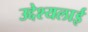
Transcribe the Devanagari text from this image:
उद्देश्यलाई